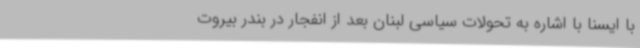
با ایسنا با اشاره به تحولات سیاسی لبنان بعد از انفجار در بندر بیروت